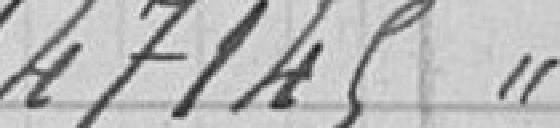
147 145